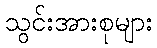
သွင်းအားစုများ